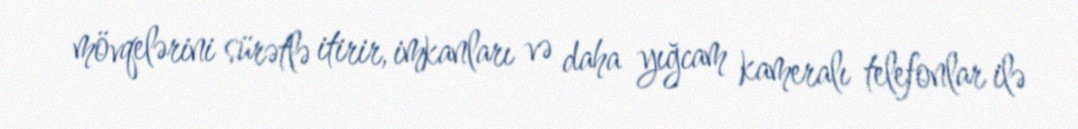
mövqelərini sürətlə itirir, imkanları və daha yığcam kameralı telefonlar ilə